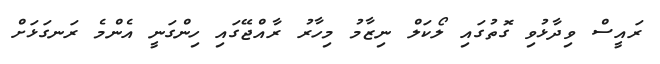
ރައީސް ވިދާޅުވި ގޮތުގައި ލޯކަލް ނިޒާމު މިހާރު ރާއްޖޭގައި ހިންގަނީ އެންމެ ރަނގަޅަށް